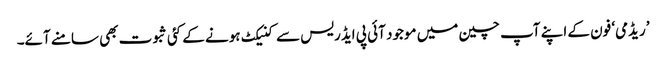
’ریڈمی‘ فون کے اپنے آپ چین میں موجود آئی پی ایڈریس سے کنیکٹ ہونے کے کئی ثبوت بھی سامنے آئے۔